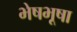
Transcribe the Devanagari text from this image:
भेषभूषा